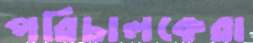
পরিচালকেরা